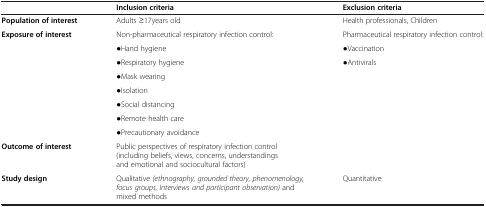
|  | Inclusion criteria | Exclusion criteria |
 | --- | --- | --- |
 | Population of interest | Adults ≥17years old | Health professionals, Children |
 | <ROWSPAN=8> Exposure of interest | Non-pharmaceutical respiratory infection control: | Pharmaceutical respiratory infection control: |
 | ●Hand hygiene | ●Vaccination |
 | ●Respiratory hygiene | <ROWSPAN=6> ●Antivirals |
 | ●Mask wearing |
 | ●Isolation |
 | ●Social distancing |
 | ●Remote health care |
 | ●Precautionary avoidance |
 | Outcome of interest | Public perspectives of respiratory infection control (including beliefs, views, concerns, understandings and emotional and sociocultural factors) |  |
 | Study design | Qualitative (ethnography, grounded theory, phenomenology, focus groups, Interviews and participant observation) and mixed methods | Quantitative |